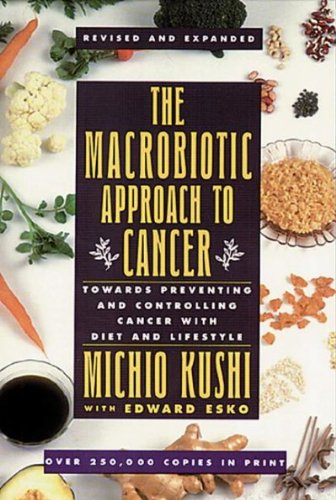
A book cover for The Macrobiotic Approach to Cancer: Towards Preventing and Controlling Cancer With Diet and Lifestyle; Michio; Esko, Edward Kushi; Health, Fitness & Dieting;